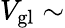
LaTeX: V_{\mathrm{gl}}\sim